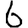
Digit: 6